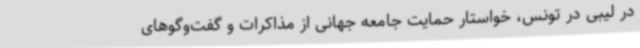
در لیبی در تونس، خواستار حمایت جامعه جهانی از مذاکرات و گفت‌وگوهای